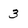
Character: 3